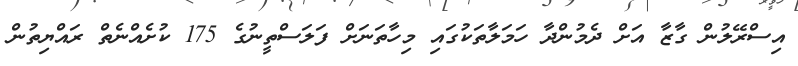
އިސްރޭލުން ގާޒާ އަށް ދެމުންދާ ހަމަލާތަކުގައި މިހާތަނަށް ފަލަސްތީނުގެ 175 ކުށެއްނެތް ރައްޔިތުން